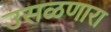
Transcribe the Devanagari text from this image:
उसळणारा